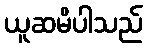
ယူဆမိပါသည်